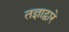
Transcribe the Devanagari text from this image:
तज्ञाद्वारे